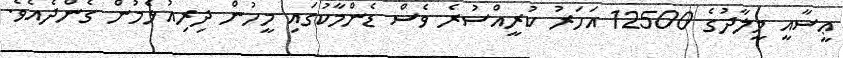
ޢީސާއީ މީލާދުގެ 12500 އަހަރު ކުރީއްސުރެ ވެސް ޑެންމާކުގައި މީހުން ދިރިއުޅެމުން ގެންދެއެވެ.